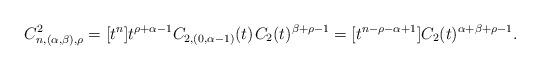
LaTeX: \begin{align*}C^2_{n,(\alpha,\beta),\rho} = [t^n] t^{\rho + \alpha - 1} C_{2,(0,\alpha-1)}(t) \kern+1pt C_2(t)^{\beta + \rho - 1} = [t^{n-\rho-\alpha+1}]C_2(t)^{\alpha+\beta+\rho-1}.\end{align*}